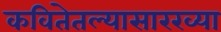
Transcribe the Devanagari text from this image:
कवितेतल्यासारख्या